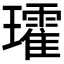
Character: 𭺑